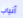
أنياب